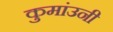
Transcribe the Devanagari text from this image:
कुमांउनी